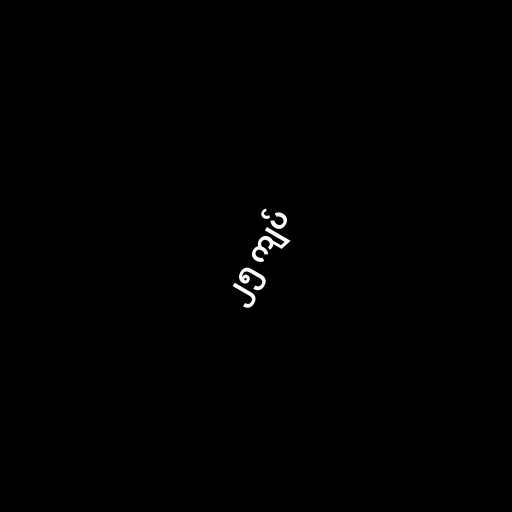
၂၅ ကျပ်